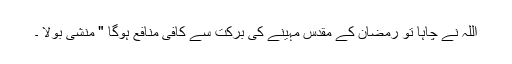
اللہ نے چاہا تو رمضان کے مقدس مہینے کی برکت سے کافی منافع ہوگا " منشی بولا ۔